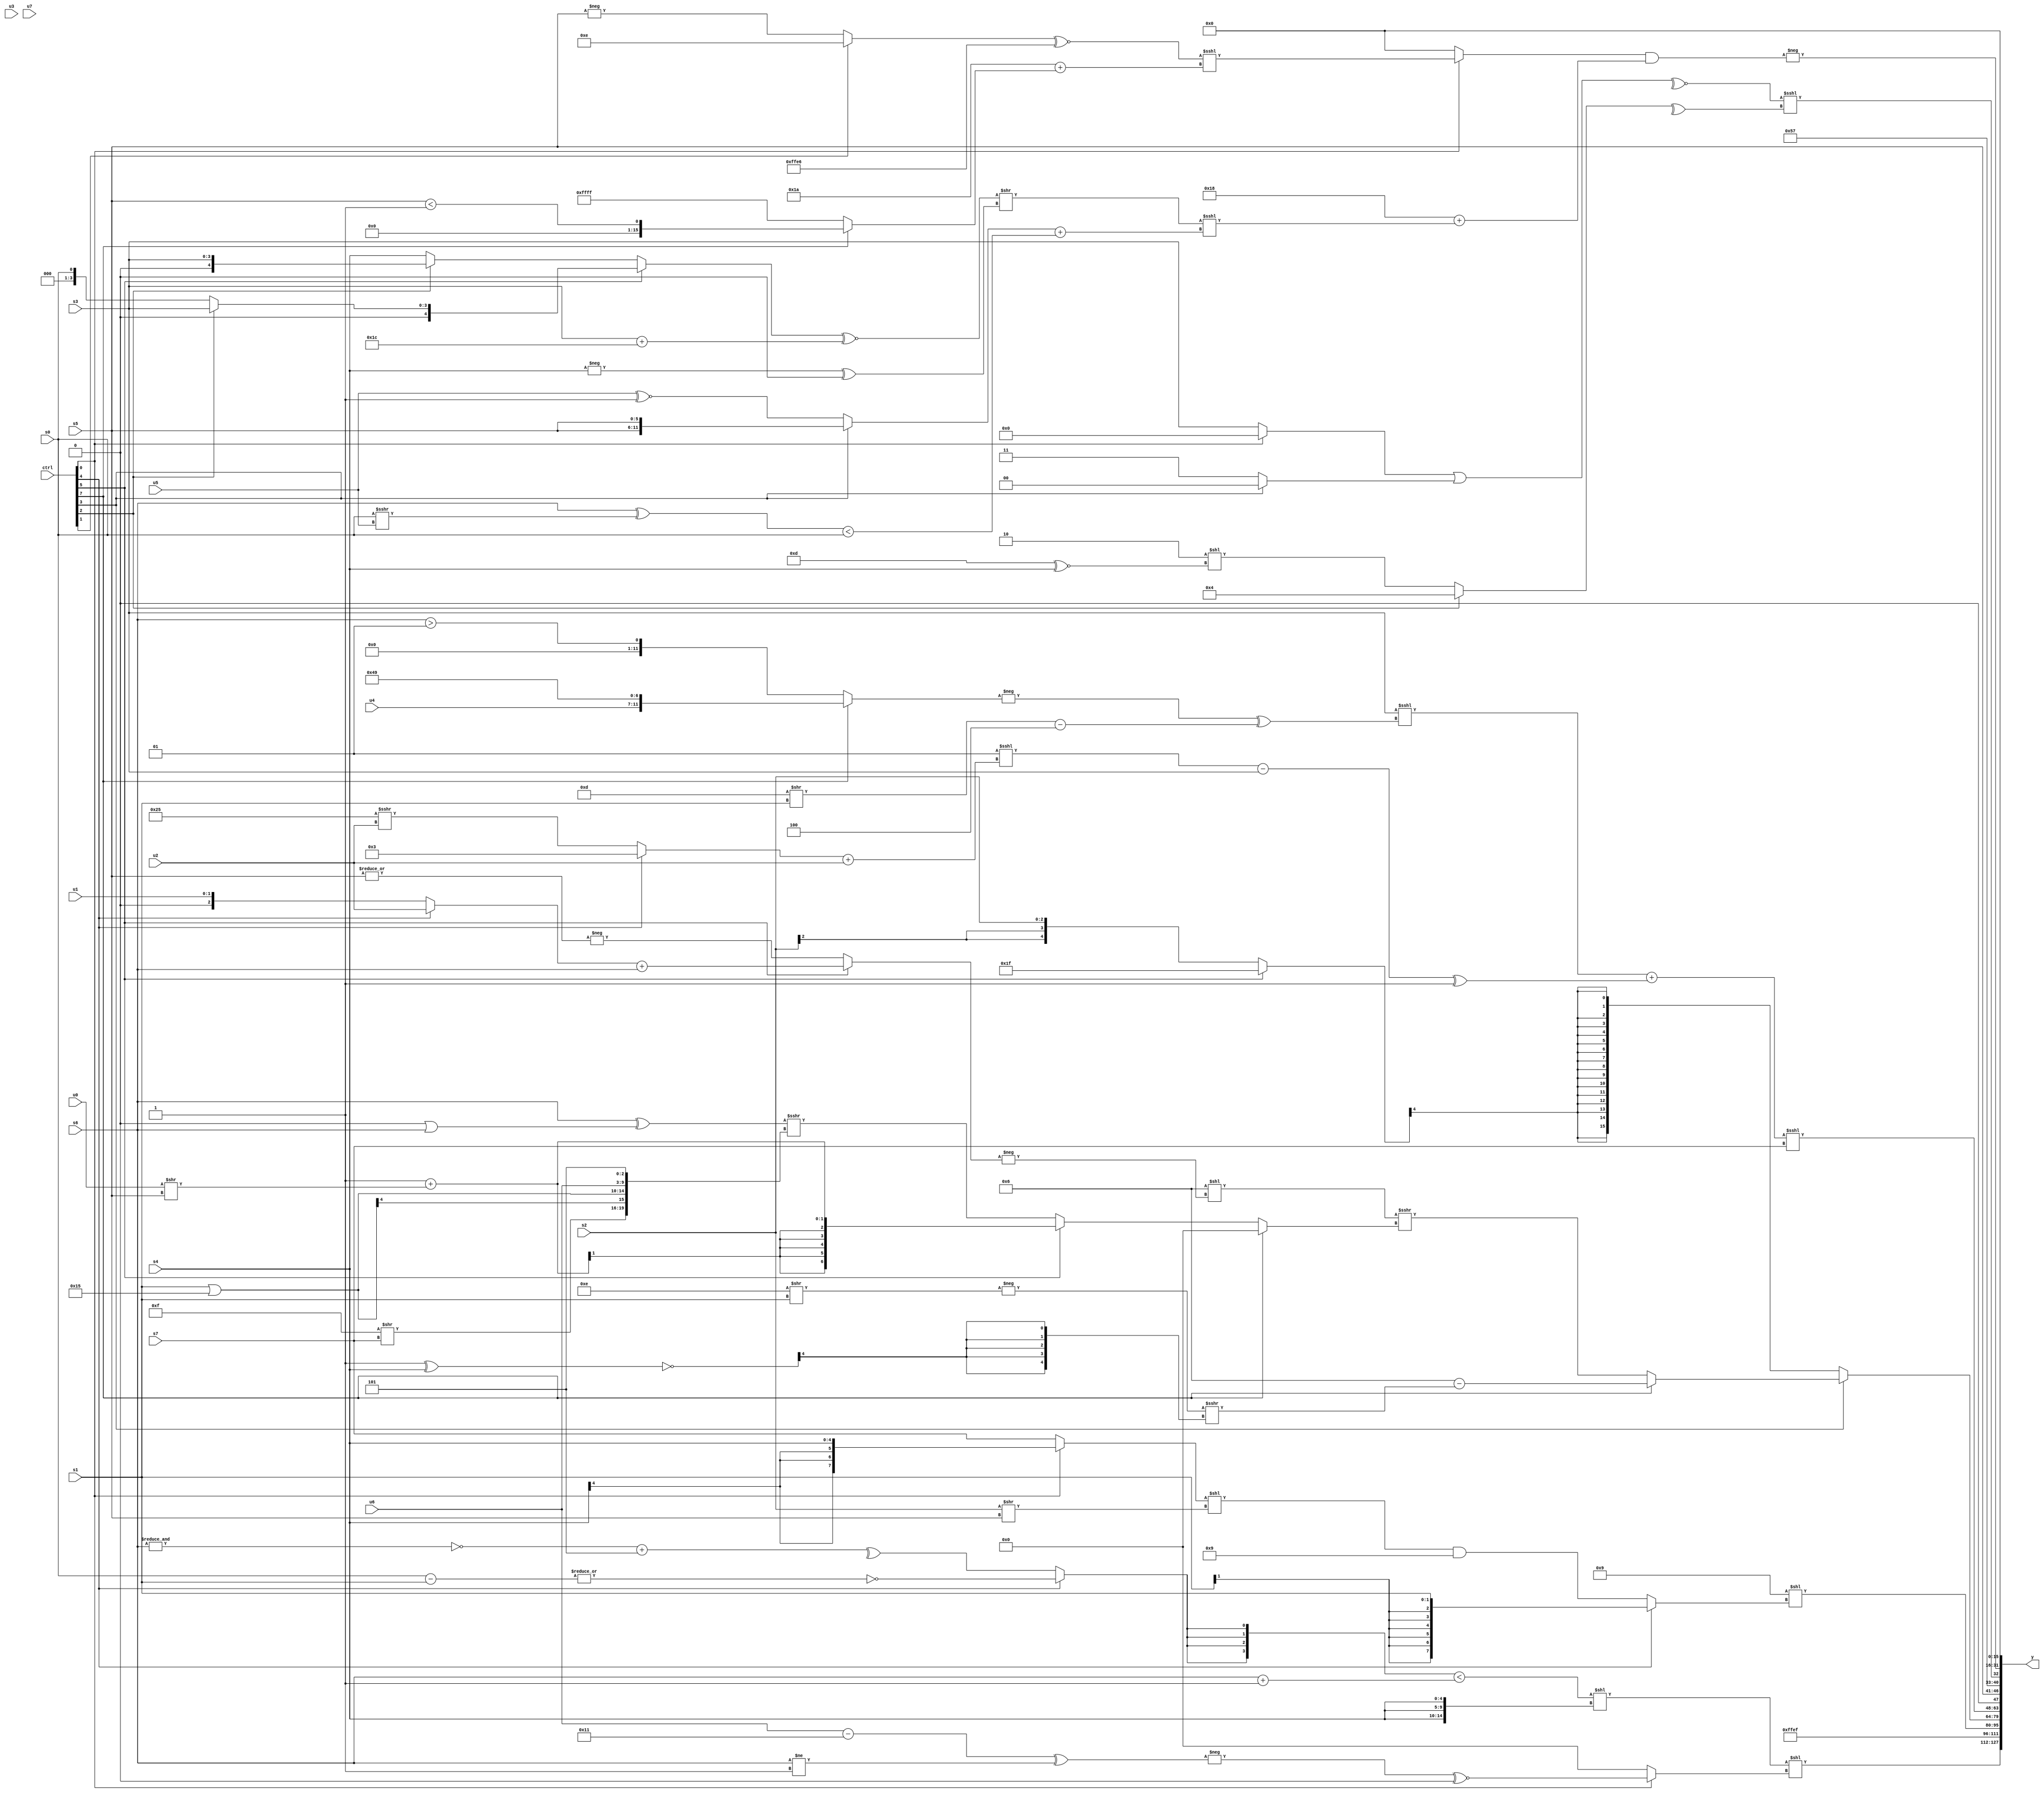
module wideexpr_00022(ctrl, u0, u1, u2, u3, u4, u5, u6, u7, s0, s1, s2, s3, s4, s5, s6, s7, y);
  input [7:0] ctrl;
  input [0:0] u0;
  input [1:0] u1;
  input [2:0] u2;
  input [3:0] u3;
  input [4:0] u4;
  input [5:0] u5;
  input [6:0] u6;
  input [7:0] u7;
  input signed [0:0] s0;
  input signed [1:0] s1;
  input signed [2:0] s2;
  input signed [3:0] s3;
  input signed [4:0] s4;
  input signed [5:0] s5;
  input signed [6:0] s6;
  input signed [7:0] s7;
  output [127:0] y;
  wire [15:0] y0;
  wire [15:0] y1;
  wire [15:0] y2;
  wire [15:0] y3;
  wire [15:0] y4;
  wire [15:0] y5;
  wire [15:0] y6;
  wire [15:0] y7;
  assign y = {y0,y1,y2,y3,y4,y5,y6,y7};
  assign y0 = (($signed(({4{(ctrl[4]?~(|((s0)-(s1))):^((~&(s6))+({2{2'sb01}})))}})<((s6)+({3'sb001}))))<<({3{s4}}))<<((ctrl[0]?(+(+($signed(-(((u6)-(5'sb10001))^((s6)!=(3'sb111)))))))^~(((s3)<<<({1{5'b10101}}))>>(5'sb00010)):$signed(4'sb0000)));
  assign y1 = 6'sb101111;
  assign y2 = (5'sb01001)<<(((ctrl[4]?s1:(((ctrl[0]?s4:s7))<<((s2)>>(s5)))&($signed(5'sb11001))))<<($signed(~|(-(2'sb10)))));
  assign y3 = (ctrl[3]?(ctrl[7]?(ctrl[7]?((5'sb00110)|(-(1'sb0)))-((-((6'sb001110)>>(s1)))>>>((~((2'sb11)^(s4)))>>>({2{(2'sb11)^~(2'sb01)}}))):((2'sb11)<<<(|(s3)))<<(|(((ctrl[7]?s7:(6'sb100001)<<(2'sb11)))|(((1'sb0)<<<(s0))^((ctrl[0]?3'sb011:s4)))))):((4'sb0110)<<(-((ctrl[5]?((ctrl[4]?u2:u1))+(s6):-(|(s5))))))>>>((ctrl[7]?$signed($signed((+(s6))<<((4'sb0010)-(4'b0100)))):(ctrl[5]?(5'sb11111)+($signed((u0)>>(s5))):(($signed(s6))^((2'sb00)|(s6)))>>>({(4'b1111)>>(s7),(s1)|(6'sb110101),$signed(u6),(3'sb110)+(3'sb111)}))))):((ctrl[5]?5'sb11111:s2))>>>(4'sb1100));
  assign y4 = ((($signed($signed($signed(s3))))<<<((-($unsigned(+((ctrl[7]?{u4,5'sb10010,2'sb01}:(s6)>(2'sb01))))))^(((4'sb1101)>>(s1))-($signed({1{-((2'sb10)-(3'b110))}})))))+((($signed((2'sb01)<<<(((ctrl[4]?$unsigned(3'sb011):(6'b100101)>>>(u2)))+({1{$signed(u2)}}))))-(s3))^(1'sb1)))<<<(s7);
  assign y5 = {s5,+((3'sb011)-(-(1'sb1))),5'b10111,$unsigned({($unsigned(~^(+(((ctrl[0]?1'sb0:s3))|((ctrl[3]?2'sb00:1'sb1))))))<<<(+(^((ctrl[2]?4'b0100:({1{3'sb010}})<<((5'sb01101)^~(s4))))))})};
  assign y6 = -(((ctrl[0]?+((((ctrl[1]?4'sb1110:-(s5)))^~((-(5'sb11010))+($signed(3'sb000))))<<<((6'sb011010)+((ctrl[7]?(s5)<(2'b01):{4{4'sb1111}})))):+(((+(u1))==($signed((s5)|(1'sb1))))>>(6'sb100011))))&((5'sb11000)+(((((ctrl[5]?(ctrl[2]?s3:s0):(ctrl[2]?s3:s4)))^~((s3)+(5'sb11100)))>>($signed((-(s4))^((4'sb1000)&(1'sb0)))))<<<(((ctrl[3]?{2{s5}}:(u5)^~($signed(3'sb001))))+(((s6)^((s0)>>>(u5)))<(s0))))));
  assign y7 = 1'b0;
endmodule